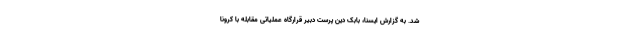
شد. به گزارش ایسنا، بابک دین پرست دبیر قرارگاه عملیاتی مقابله با کرونا